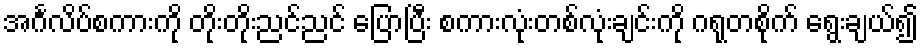
အင်္ဂလိပ်စကားကို တိုးတိုးညင်ညင် ပြောပြီး စကားလုံးတစ်လုံးချင်းကို ဂရုတစိုက် ရွေးချယ်၍